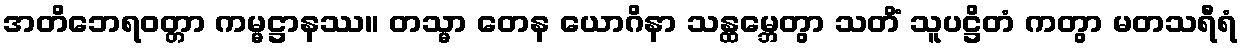
အတိဘေရဝတ္တာ ကမ္မဋ္ဌာနဿ။ တသ္မာ တေန ယောဂိနာ သန္ထမ္ဘေတွာ သတိံ သူပဋ္ဌိတံ ကတွာ မတသရီရံ